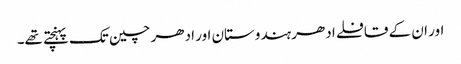
اور ان کے قافلے ادھر ہندوستان اور ادھر چین تک پہنچتے تھے۔